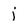
Character: j